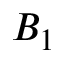
B _ { 1 }